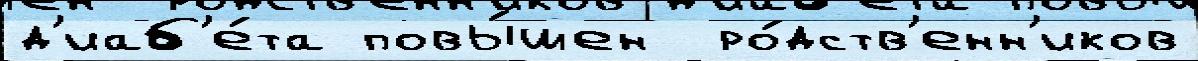
д'иаб'е́та повы́шен  ро́дств'енн'иков